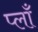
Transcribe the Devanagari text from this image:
प्लाँ